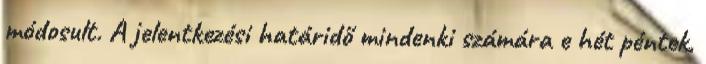
módosult. A jelentkezési határidő mindenki számára e hét péntek,